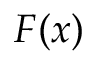
\boldsymbol { F } ( \boldsymbol { x } )